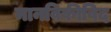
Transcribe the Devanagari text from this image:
मानविकीविद